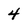
Character: 4